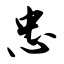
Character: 忠